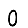
Digit: 0